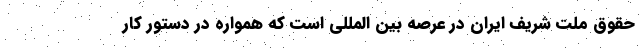
حقوق ملت شریف ایران در عرصه بین المللی است که همواره در دستور کار